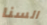
السنا